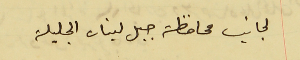
لجانب محافظة جبل لبنان الجليلة